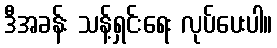
ဒီအခန်း သန့်ရှင်းရေး လုပ်ပေးပါ။